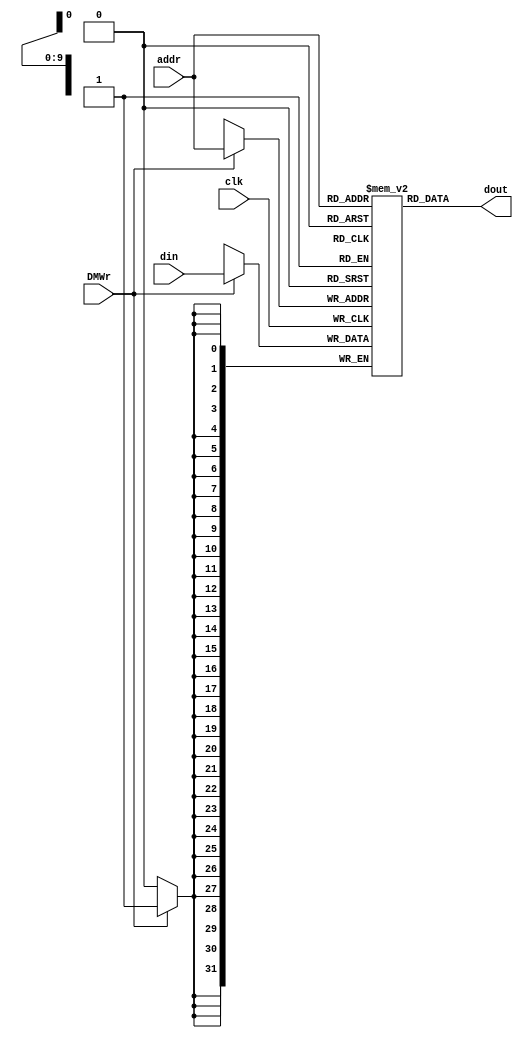
`timescale 1ns / 1ps
module dm_4k( addr, din, DMWr, clk, dout );
input [11: 2] addr;
input [31: 0] din;
input DMWr;
input clk;
output [31: 0] dout;

reg [31: 0] mem[1023: 0];
integer i;

assign dout = mem[addr];

initial begin
    for (i = 0; i < 1024; i = i + 1) begin
        mem[i] <= 0;
    end
end

always @(negedge clk) begin
    if (DMWr == 1) begin
        mem[addr] <= din;
    end
end

endmodule